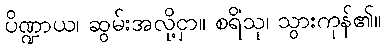
ပိဏ္ဍာယ၊ ဆွမ်းအလို့ငှာ။ စရိံသု၊ သွားကုန်၏။